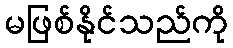
မဖြစ်နိုင်သည်ကို